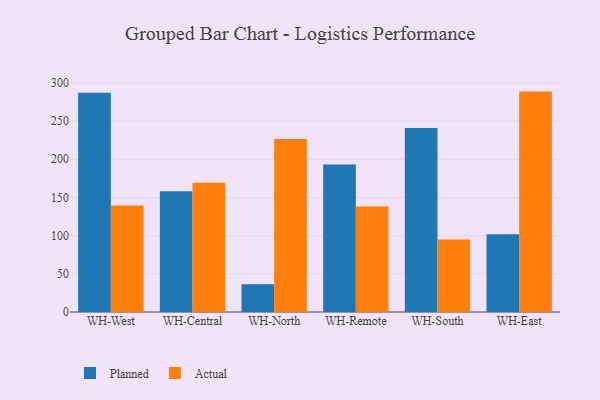
{"axis": {"x": "Warehouse", "y": "Shipments"}, "legend": ["Actual", "Planned"], "data": [{"x": "WH-West", "y": 287.1, "type": "Planned"}, {"x": "WH-West", "y": 139.3, "type": "Actual"}, {"x": "WH-Central", "y": 158.2, "type": "Planned"}, {"x": "WH-Central", "y": 169.4, "type": "Actual"}, {"x": "WH-North", "y": 36.2, "type": "Planned"}, {"x": "WH-North", "y": 226.5, "type": "Actual"}, {"x": "WH-Remote", "y": 193.3, "type": "Planned"}, {"x": "WH-Remote", "y": 138.0, "type": "Actual"}, {"x": "WH-South", "y": 241.0, "type": "Planned"}, {"x": "WH-South", "y": 94.8, "type": "Actual"}, {"x": "WH-East", "y": 101.9, "type": "Planned"}, {"x": "WH-East", "y": 288.6, "type": "Actual"}]}